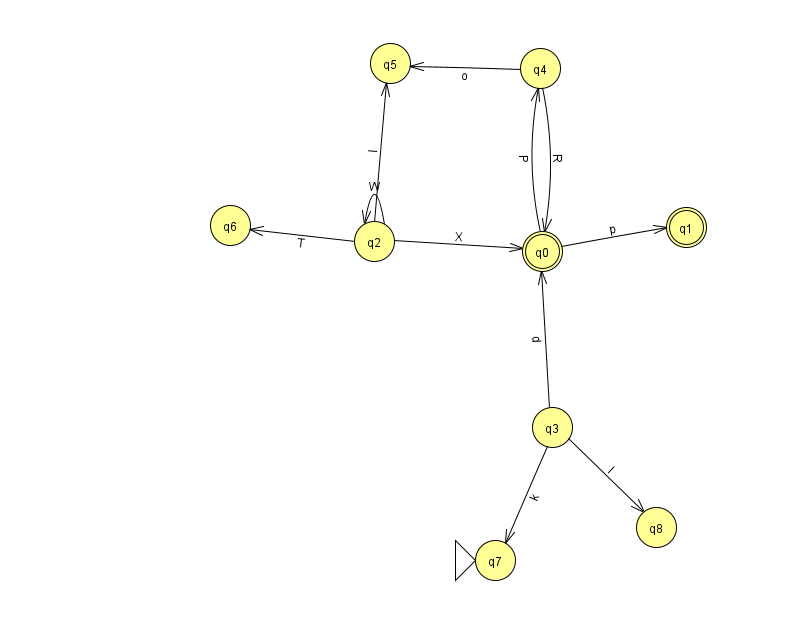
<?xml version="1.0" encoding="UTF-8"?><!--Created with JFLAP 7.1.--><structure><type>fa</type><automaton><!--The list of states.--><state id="0" name="q0"><x>542.0</x><y>238.0</y><final/></state><state id="1" name="q1"><x>686.0</x><y>214.0</y><final/></state><state id="2" name="q2"><x>374.0</x><y>228.0</y></state><state id="3" name="q3"><x>552.0</x><y>414.0</y></state><state id="4" name="q4"><x>540.0</x><y>55.0</y></state><state id="5" name="q5"><x>390.0</x><y>50.0</y></state><state id="6" name="q6"><x>230.0</x><y>212.0</y></state><state id="7" name="q7"><x>495.0</x><y>547.0</y><initial/></state><state id="8" name="q8"><x>656.0</x><y>514.0</y></state><!--The list of transitions.--><transition><from>2</from><to>5</to><read>l</read></transition><transition><from>4</from><to>5</to><read>o</read></transition><transition><from>0</from><to>1</to><read>p</read></transition><transition><from>2</from><to>0</to><read>X</read></transition><transition><from>3</from><to>7</to><read>k</read></transition><transition><from>3</from><to>0</to><read>d</read></transition><transition><from>2</from><to>2</to><read>W</read></transition><transition><from>0</from><to>4</to><read>P</read></transition><transition><from>3</from><to>8</to><read>l</read></transition><transition><from>2</from><to>6</to><read>T</read></transition><transition><from>4</from><to>0</to><read>R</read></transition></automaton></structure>